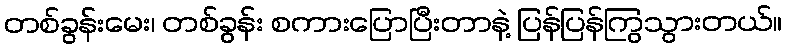
တစ်ခွန်းမေး၊ တစ်ခွန်း စကားပြောပြီးတာနဲ့ ပြန်ပြန်ကြွသွားတယ်။